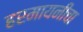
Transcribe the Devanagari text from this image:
हरमायनीचा